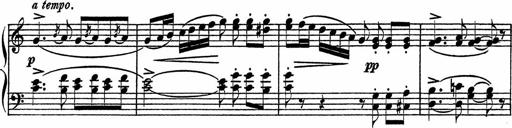
Title: Piano Sonatinas
Composer: Charles Fradel